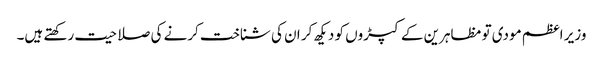
وزیر اعظم مودی تو مظاہرین کے کپڑوں کو دیکھ کر ان کی شناخت کرنے کی صلاحیت رکھتے ہیں۔